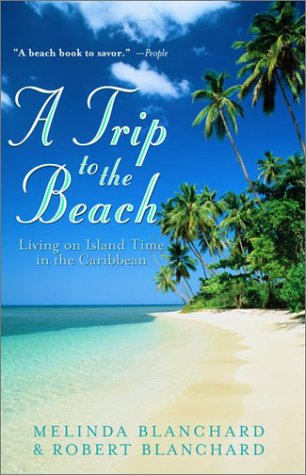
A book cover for A Trip to the Beach: Living on Island Time in the Caribbean; Melinda Blanchard; Travel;